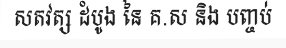
សតវត្ស ដំបូង នៃ គ.ស និង បញ្ចប់